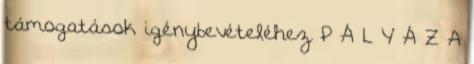
támogatások igénybevételéhez P Á L Y Á Z A